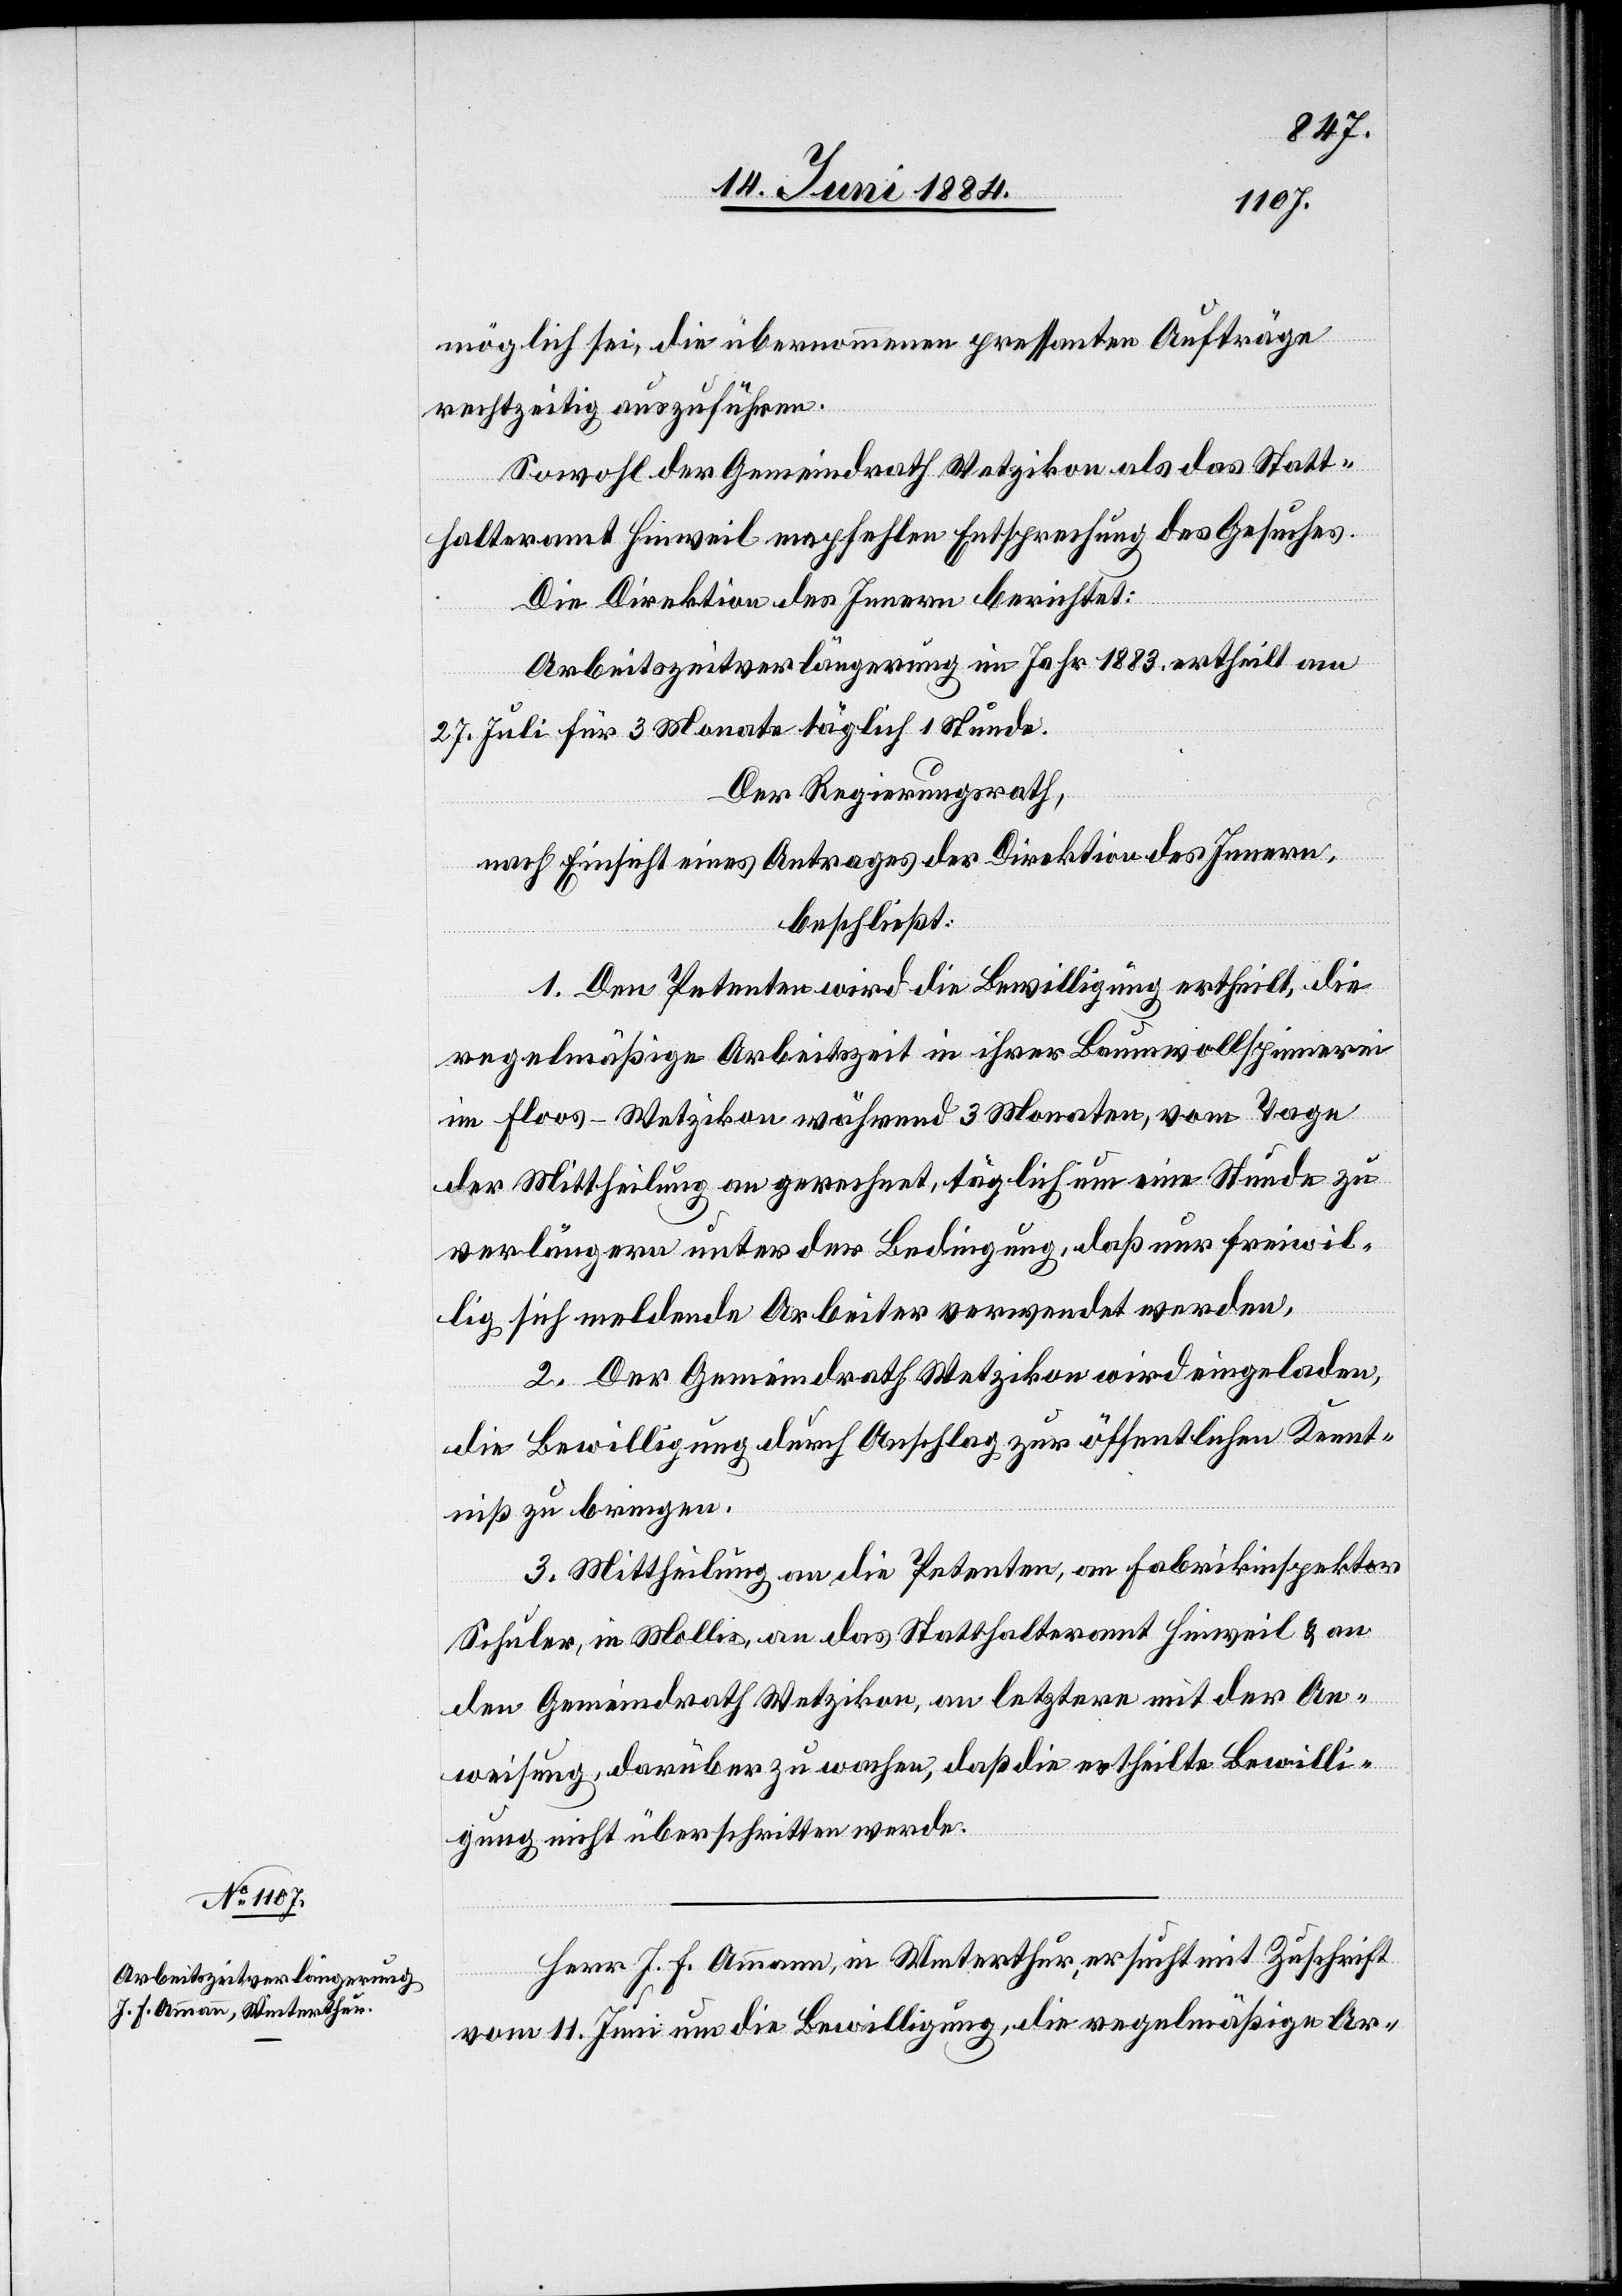
17. Juni 1884.]
möglich sei, die übernommenen pressanten Aufträge
rechtzeitig auszuführen.
Sowohl der Gemeindrath Wetzikon als das Statt¬
halteramt Hinweil empfehlen Entsprechung des Gesuches.
Die Direktion des Innern berichtet:
Arbeitszeitverlängerung im Jahr 1883 ertheilt am
27. Juli für 3 Monate täglich 1 Stunde.
Der Regierungsrath,
nach Einsicht eines Antrages der Direktion des Innern,
beschließt:
1. Den Petenten wird die Bewilligung ertheilt, die
regelmäßige Arbeitszeit in ihrer Baumwollspinnerei
im Floos - Wetzikon während 3 Monaten, vom Tage
der Mittheilung an gerechnet, täglich um eine Stunde zu
verlängern unter der Bedingung, daß nur freiwil¬
lig sich meldende Arbeiter verwendet werden.
2. Der Gemeindrath Wetzikon wird eingeladen,
die Bewilligung durch Anschlag zur öffentlichen Kennt¬
niß zu bringen.
3. Mittheilung an die Petenten, an Fabrikinspektor
Schuler, in Mollis, an das Statthalteramt Hinweil & an
den Gemeindrath Wetzikon, an letztern mit der An¬
weisung, darüber zu wachen, daß die ertheilte Bewilli¬
gung nicht überschritten werde.
Herr J. F. Ammann, in Winterthur, ersucht mit Zuschrift
vom 11. Juni um die Bewilligung, die regelmäßige Ar-